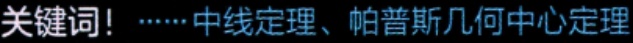
关键词！……中线定理、帕普斯几何中心定理